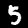
Digit: 5